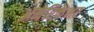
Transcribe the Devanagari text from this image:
अमेरिकेभर